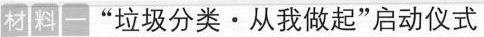
材料一”垃圾分类·从我做起”启动仪式